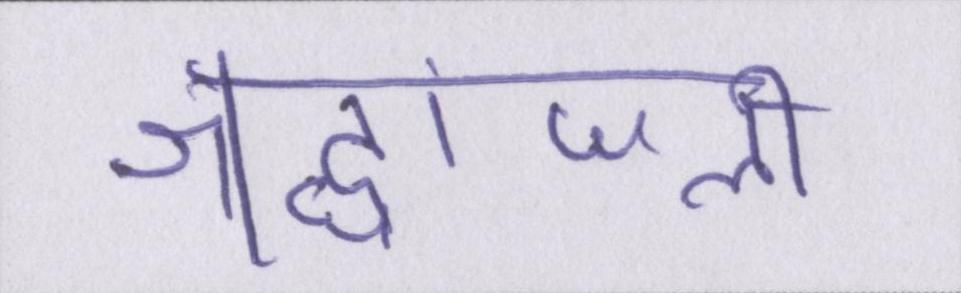
श्रद्धांजली